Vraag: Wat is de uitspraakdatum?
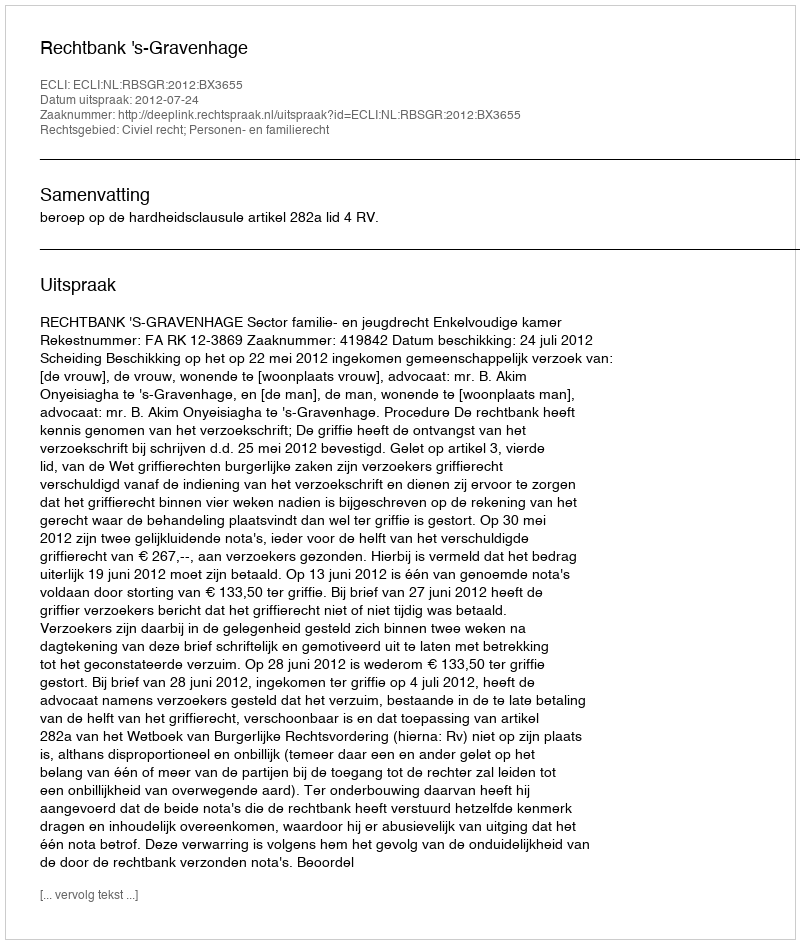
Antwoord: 2012-07-24